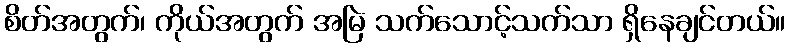
စိတ်အတွက်၊ ကိုယ်အတွက် အမြဲ သက်သောင့်သက်သာ ရှိနေချင်တယ်။